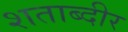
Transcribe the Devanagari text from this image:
शताब्दीर